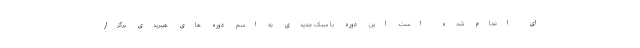
ای انجام شده است. این دوره با سبک جدیدی به اسم دوره های هیبریدی برگزار